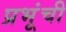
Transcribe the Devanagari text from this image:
प्रभूंची